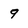
Character: 9